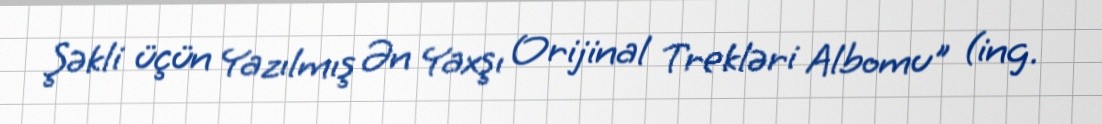
Şəkli üçün Yazılmış Ən Yaxşı Orijinal Trekləri Albomu" (ing.